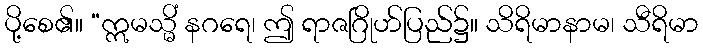
ပို့စေ၏။ “ဣမသ္မိံ နဂရေ၊ ဤ ရာဇဂြိုဟ်ပြည်၌။ သိရိမာနာမ၊ သီရိမာ